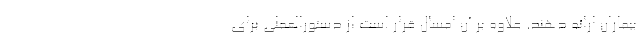
بیماران ارائه دهند. علاوه بر آن امسال قرار است از دستورالعملی برای